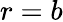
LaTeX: r=b